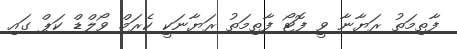
ފާތިމަތު ރަޔާނާ ވީ ފޮޓޯ ފާތިމަތު ރަޔާނަކީ ކެރަމް ވޯލްޑް ކަޕް ގައި